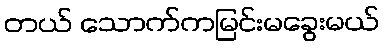
တယ် သောက်ကမြင်းမခွေးမယ်